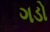
ગડો